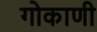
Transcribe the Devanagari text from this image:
गोकाणी